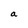
Character: a